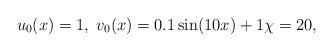
LaTeX: \begin{align*}u_0(x)=1,\; v_0(x)=0.1\sin(10x)+1\chi=20,\end{align*}